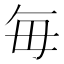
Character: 毎